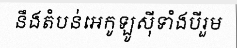
នឹងតំបន់អេកូឡូស៊ីទាំងបីរួម